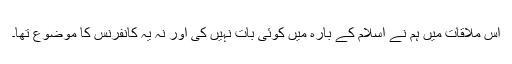
اس ملاقات میں ہم نے اسلام کے بارہ میں کوئی بات نہیں کی اور نہ یہ کانفرنس کا موضوع تھا۔